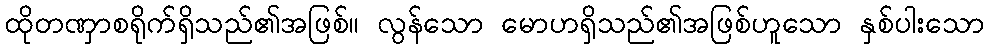
ထိုတဏှာစရိုက်ရှိသည်၏အဖြစ်။ လွန်သော မောဟရှိသည်၏အဖြစ်ဟူသော နှစ်ပါးသော